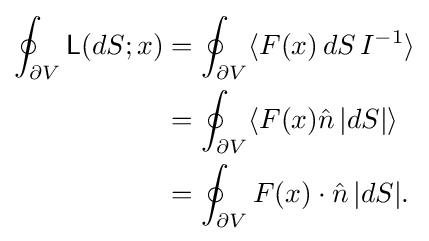
{\begin{aligned}\oint _{\partial V}{\mathsf {L}}(dS;x)&=\oint _{\partial V}\langle F(x)\,dS\,I^{-1}\rangle \\&=\oint _{\partial V}\langle F(x){\hat {n}}\,|dS|\rangle \\&=\oint _{\partial V}F(x)\cdot {\hat {n}}\,|dS|.\end{aligned}}